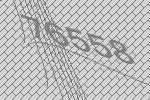
76558